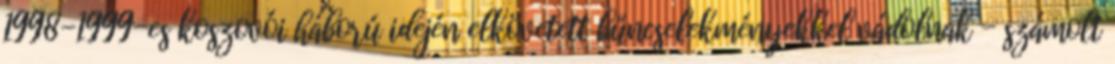
1998-1999-es koszovói háború idején elkövetett bűncselekményekkel vádolnak - számolt